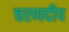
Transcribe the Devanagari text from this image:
चरणदीप